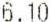
6.10